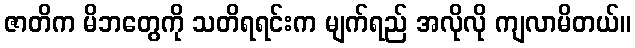
ဇာတိက မိဘတွေကို သတိရရင်းက မျက်ရည် အလိုလို ကျလာမိတယ်။